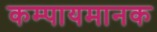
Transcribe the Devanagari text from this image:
कम्पायमानक